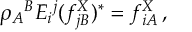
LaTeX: \rho _ { A } { } ^ { B } E _ { i } { } ^ { j } ( f _ { j B } ^ { X } ) ^ { * } = f _ { i A } ^ { X } \, ,